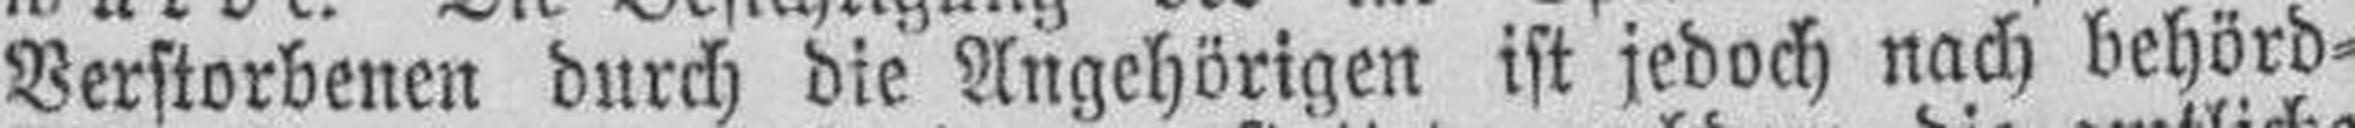
Verstorbenen durch die Angehörigen ist jedoch nach behörd¬